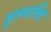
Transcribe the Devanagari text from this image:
डुस्चलँड